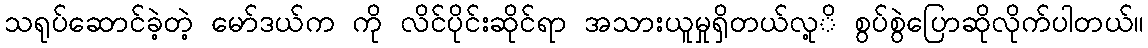
သရုပ်ဆောင်ခဲ့တဲ့ မော်ဒယ်က ကို လိင်ပိုင်းဆိုင်ရာ အသားယူမှုရှိတယ်လု့ိ စွပ်စွဲပြောဆိုလိုက်ပါတယ်။